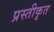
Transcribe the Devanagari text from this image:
प्रस्तीकृत